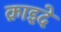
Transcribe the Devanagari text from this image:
क़ाइदे